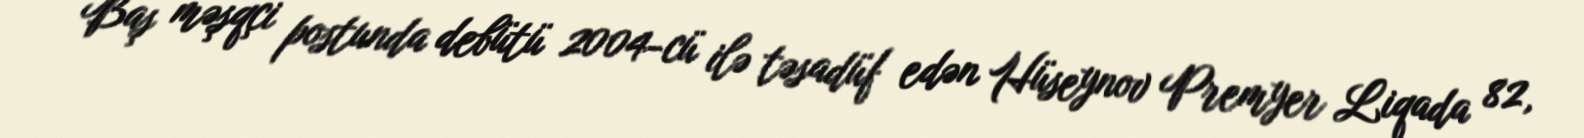
Baş məşqçi postunda debütü 2004-cü ilə təsadüf edən Hüseynov Premyer Liqada 82,